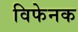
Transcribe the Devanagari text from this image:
विफेनक